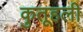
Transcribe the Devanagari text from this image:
कुतूहली